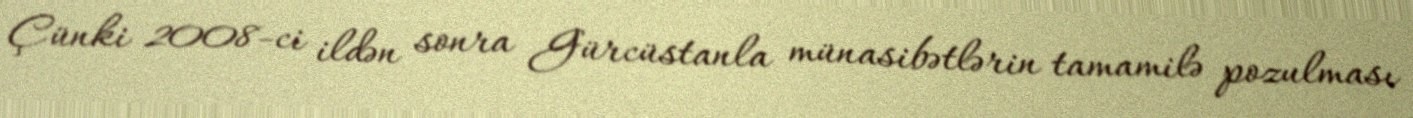
Çünki 2008-ci ildən sonra Gürcüstanla münasibətlərin tamamilə pozulması